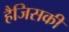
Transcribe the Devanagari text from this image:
हैजिसकी